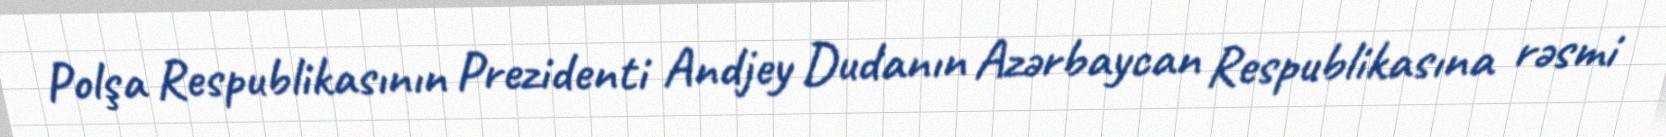
Polşa Respublikasının Prezidenti Andjey Dudanın Azərbaycan Respublikasına rəsmi